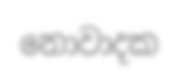
නොවාදක